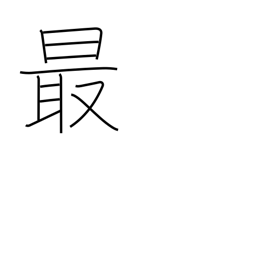
Meaning: most